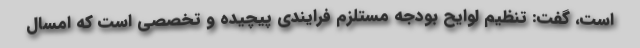
است، گفت: تنظیم لوایح بودجه مستلزم فرایندی پیچیده و تخصصی است که امسال